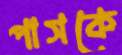
পাসকে